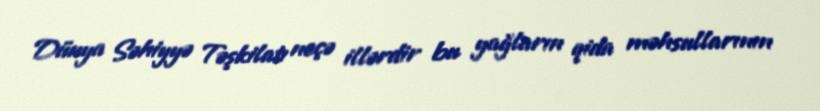
Dünya Səhiyyə Təşkilatı neçə illərdir bu yağların qida məhsullarının